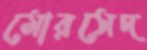
মোরসেদ